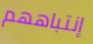
إنتباههم